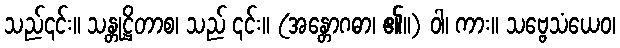
သည်၎င်း။ သန္တုဋ္ဌိတာစ၊ သည် ၎င်း။ (အန္တောဂဓာ၊ ၏။) ဝါ၊ ကား။ သဗ္ဗေသံယေဝ၊